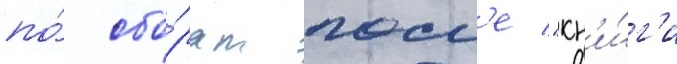
по́ сбо́рам посл'е "кн'и́г'и